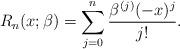
LaTeX: \begin{gather*}R_n(x;\beta)=\sum_{j=0}^n\frac{\beta^{(j)}(-x)^{j}}{j!}.\end{gather*}